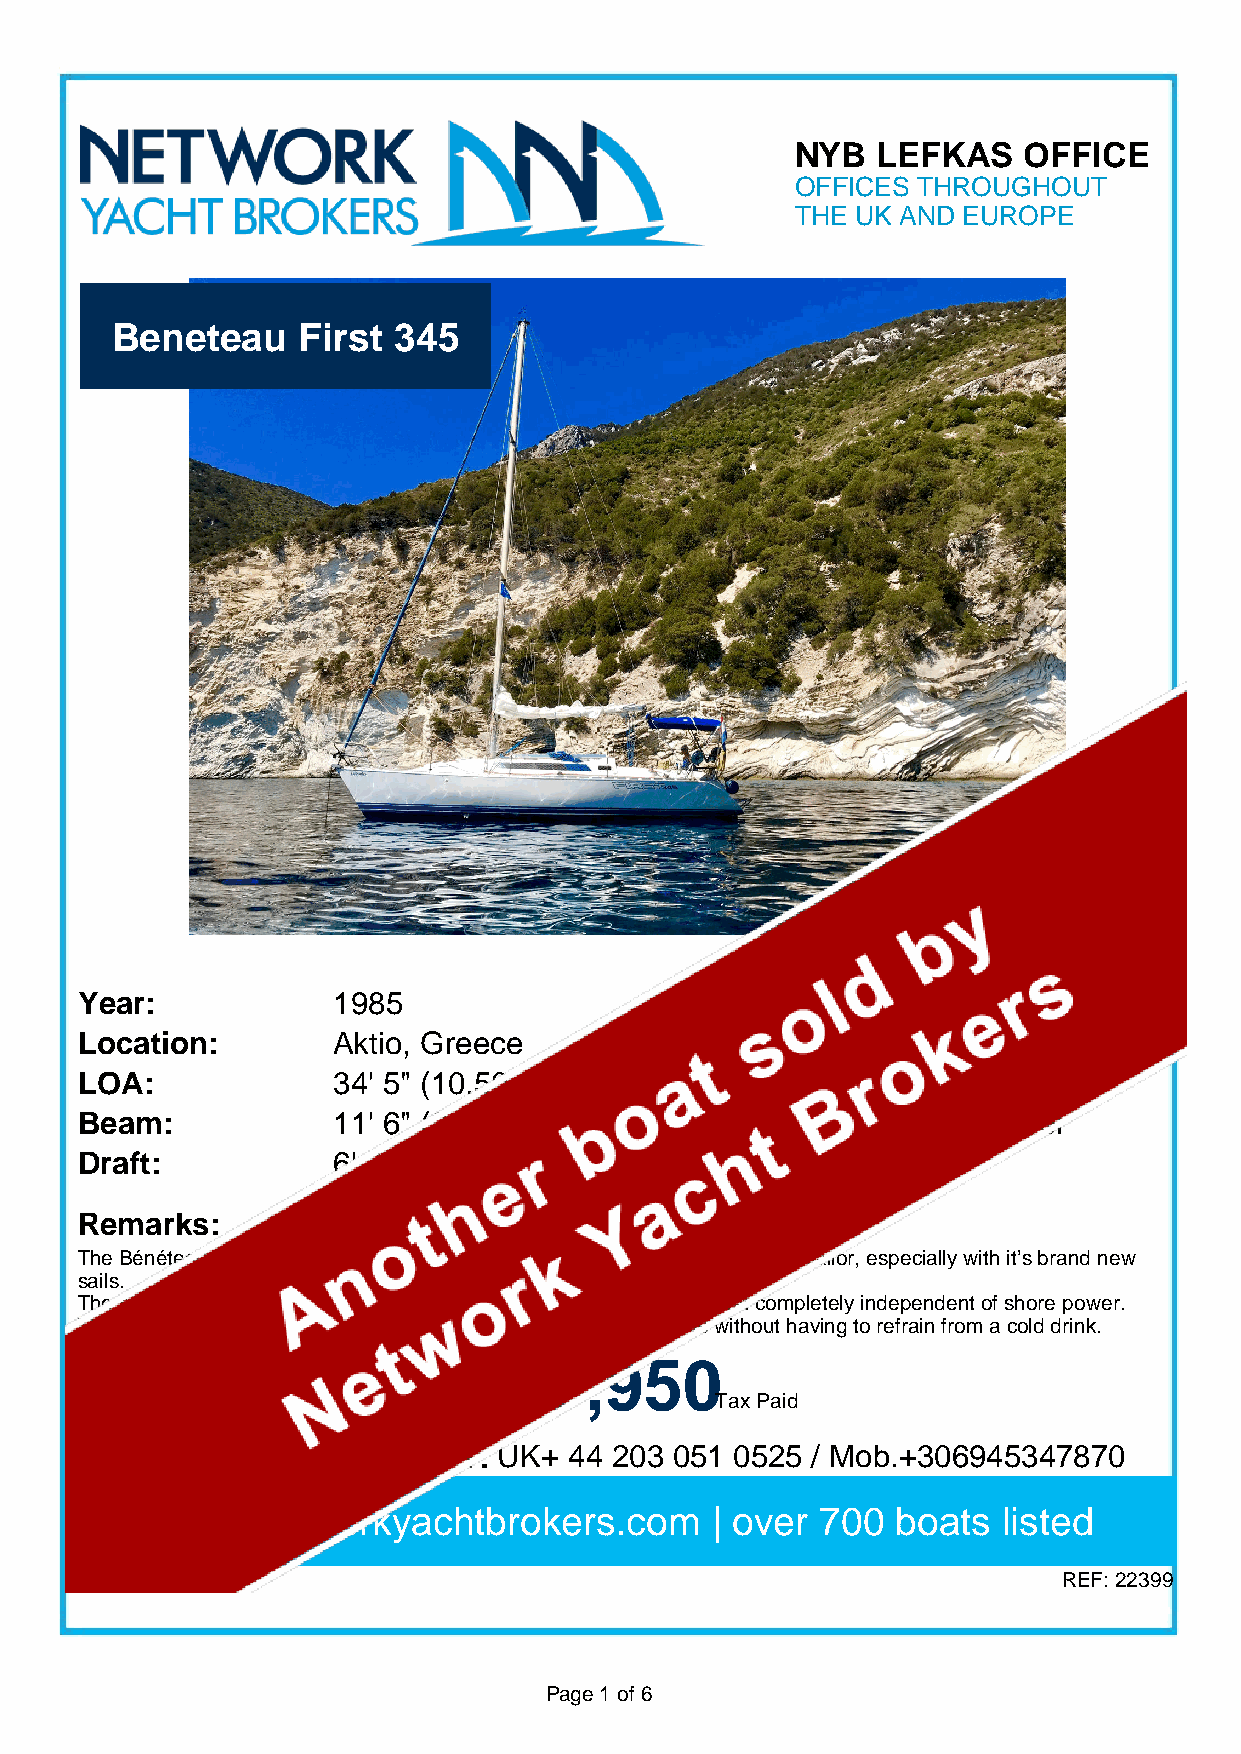
NYB  LEFKAS    OFFICE
 OFFICES THROUGHOUT
 THE UK AND EUROPE
 Beneteau     First 345
 Year:            1985                     Heads:          1
 Location:        Aktio, Greece            Cabins:         3
 LOA:             34' 5" (10.50m)          Berths:         8
 Beam:            11' 6" (3.50m)           Keel:           Fin keel
 Draft:           6' 3" (1.9m)             Engines:        1
 Remarks:
 The Bénéteau First 345 is a lively cruiser/ racer that appeals to the demanding sailor, especially with it’s brand new
 sails.
 The three service batteries and 150 W solar power lay out make the boat completely independent of shore power.
 This opens up the possibility to long time anchoring in deserted bays without having to refrain from a cold drink.
 €17,950
 Tax Paid
 E: info@nyblefkas.com T: UK+ 44 203 051 0525 / Mob.+306945347870
 www.networkyachtbrokers.com         | over 700  boats  listed
 REF: 22399
 Page 1 of 6